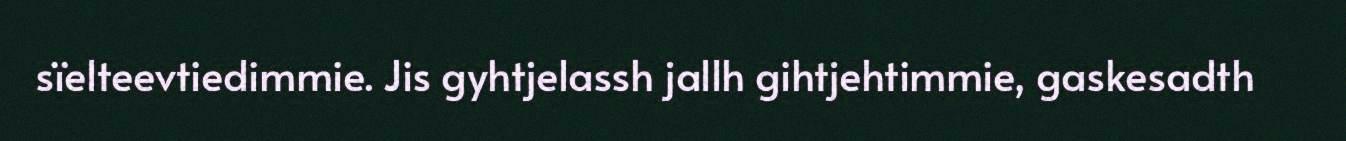
sïelteevtiedimmie. Jis gyhtjelassh jallh gihtjehtimmie, gaskesadth